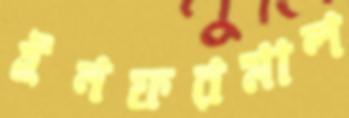
ইনফরমাল